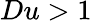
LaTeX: Du>1